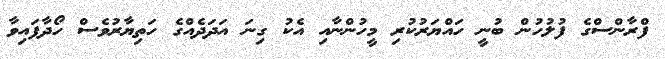
ފްރާންސްގެ ފުލުހުން ބުނީ ހައްޔަރުކުރި މީހުންނާއި އެކު ގިނަ އަދަދެއްގެ ހަތިޔާރުވެސް ހޯދާފައިވާ